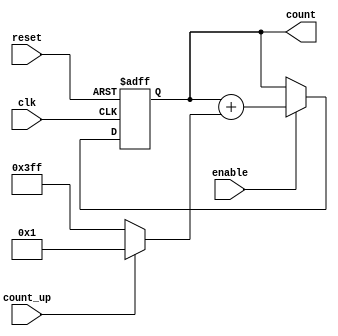
//
// Copyright (c) 2015 Thomas R. Murphy and Case Western Reserve University
// All Rights Reserved
//
// Developed by Thomas Russell Murphy (trm70) during employment as teaching
// assistant of EECS 301 at CWRU.
//
// THIS SOFTWARE IS PROVIDED BY THE COPYRIGHT HOLDERS AND CONTRIBUTORS ``AS IS''
// AND ANY EXPRESS OR IMPLIED WARRANTIES, INCLUDING, BUT NOT LIMITED TO, THE
// IMPLIED WARRANTIES OF MERCHANTABILITY AND FITNESS FOR A PARTICULAR PURPOSE ARE
// DISCLAIMED. IN NO EVENT SHALL THE COPYRIGHT HOLDER OR CONTRIBUTORS BE LIABLE FOR
// ANY DIRECT, INDIRECT, INCIDENTAL, SPECIAL, EXEMPLARY, OR CONSEQUENTIAL DAMAGES
// (INCLUDING, BUT NOT LIMITED TO, PROCUREMENT OF SUBSTITUTE GOODS OR SERVICES;
// LOSS OF USE, DATA, OR PROFITS; OR BUSINESS INTERRUPTION) HOWEVER CAUSED AND ON
// ANY THEORY OF LIABILITY, WHETHER IN CONTRACT, STRICT LIABILITY, OR TORT
// (INCLUDING NEGLIGENCE OR OTHERWISE) ARISING IN ANY WAY OUT OF THE USE OF THIS
// SOFTWARE, EVEN IF ADVISED OF THE POSSIBILITY OF SUCH DAMAGE.
//

module step_counter
       (
           input clk, reset,
           input enable, count_up,
           output reg signed [ 9: 0 ] count
       );

// Reset if needed, increment or decrement if counting is enabled
always @ ( posedge clk or posedge reset ) begin
    if ( reset ) begin
        count <= 10'b0;
    end
    else if ( enable == 1'b1 ) begin
        count <= count + ( count_up ? 10'd1 : -10'd1 );
    end
    else begin
        count <= count;
    end
end

endmodule